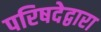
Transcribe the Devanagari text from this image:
परिषदेद्वारा